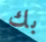
بك